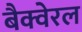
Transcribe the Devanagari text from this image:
बैक्वेरल